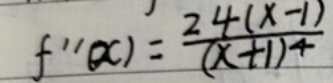
$f''(x)=\frac{24(x - 1)}{(x + 1)^4}$